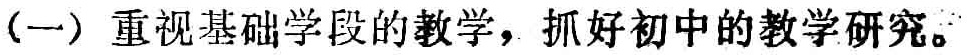
（一）重视基础学段的教学，抓好初中的教学研究。